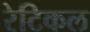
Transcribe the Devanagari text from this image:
रेटिकल